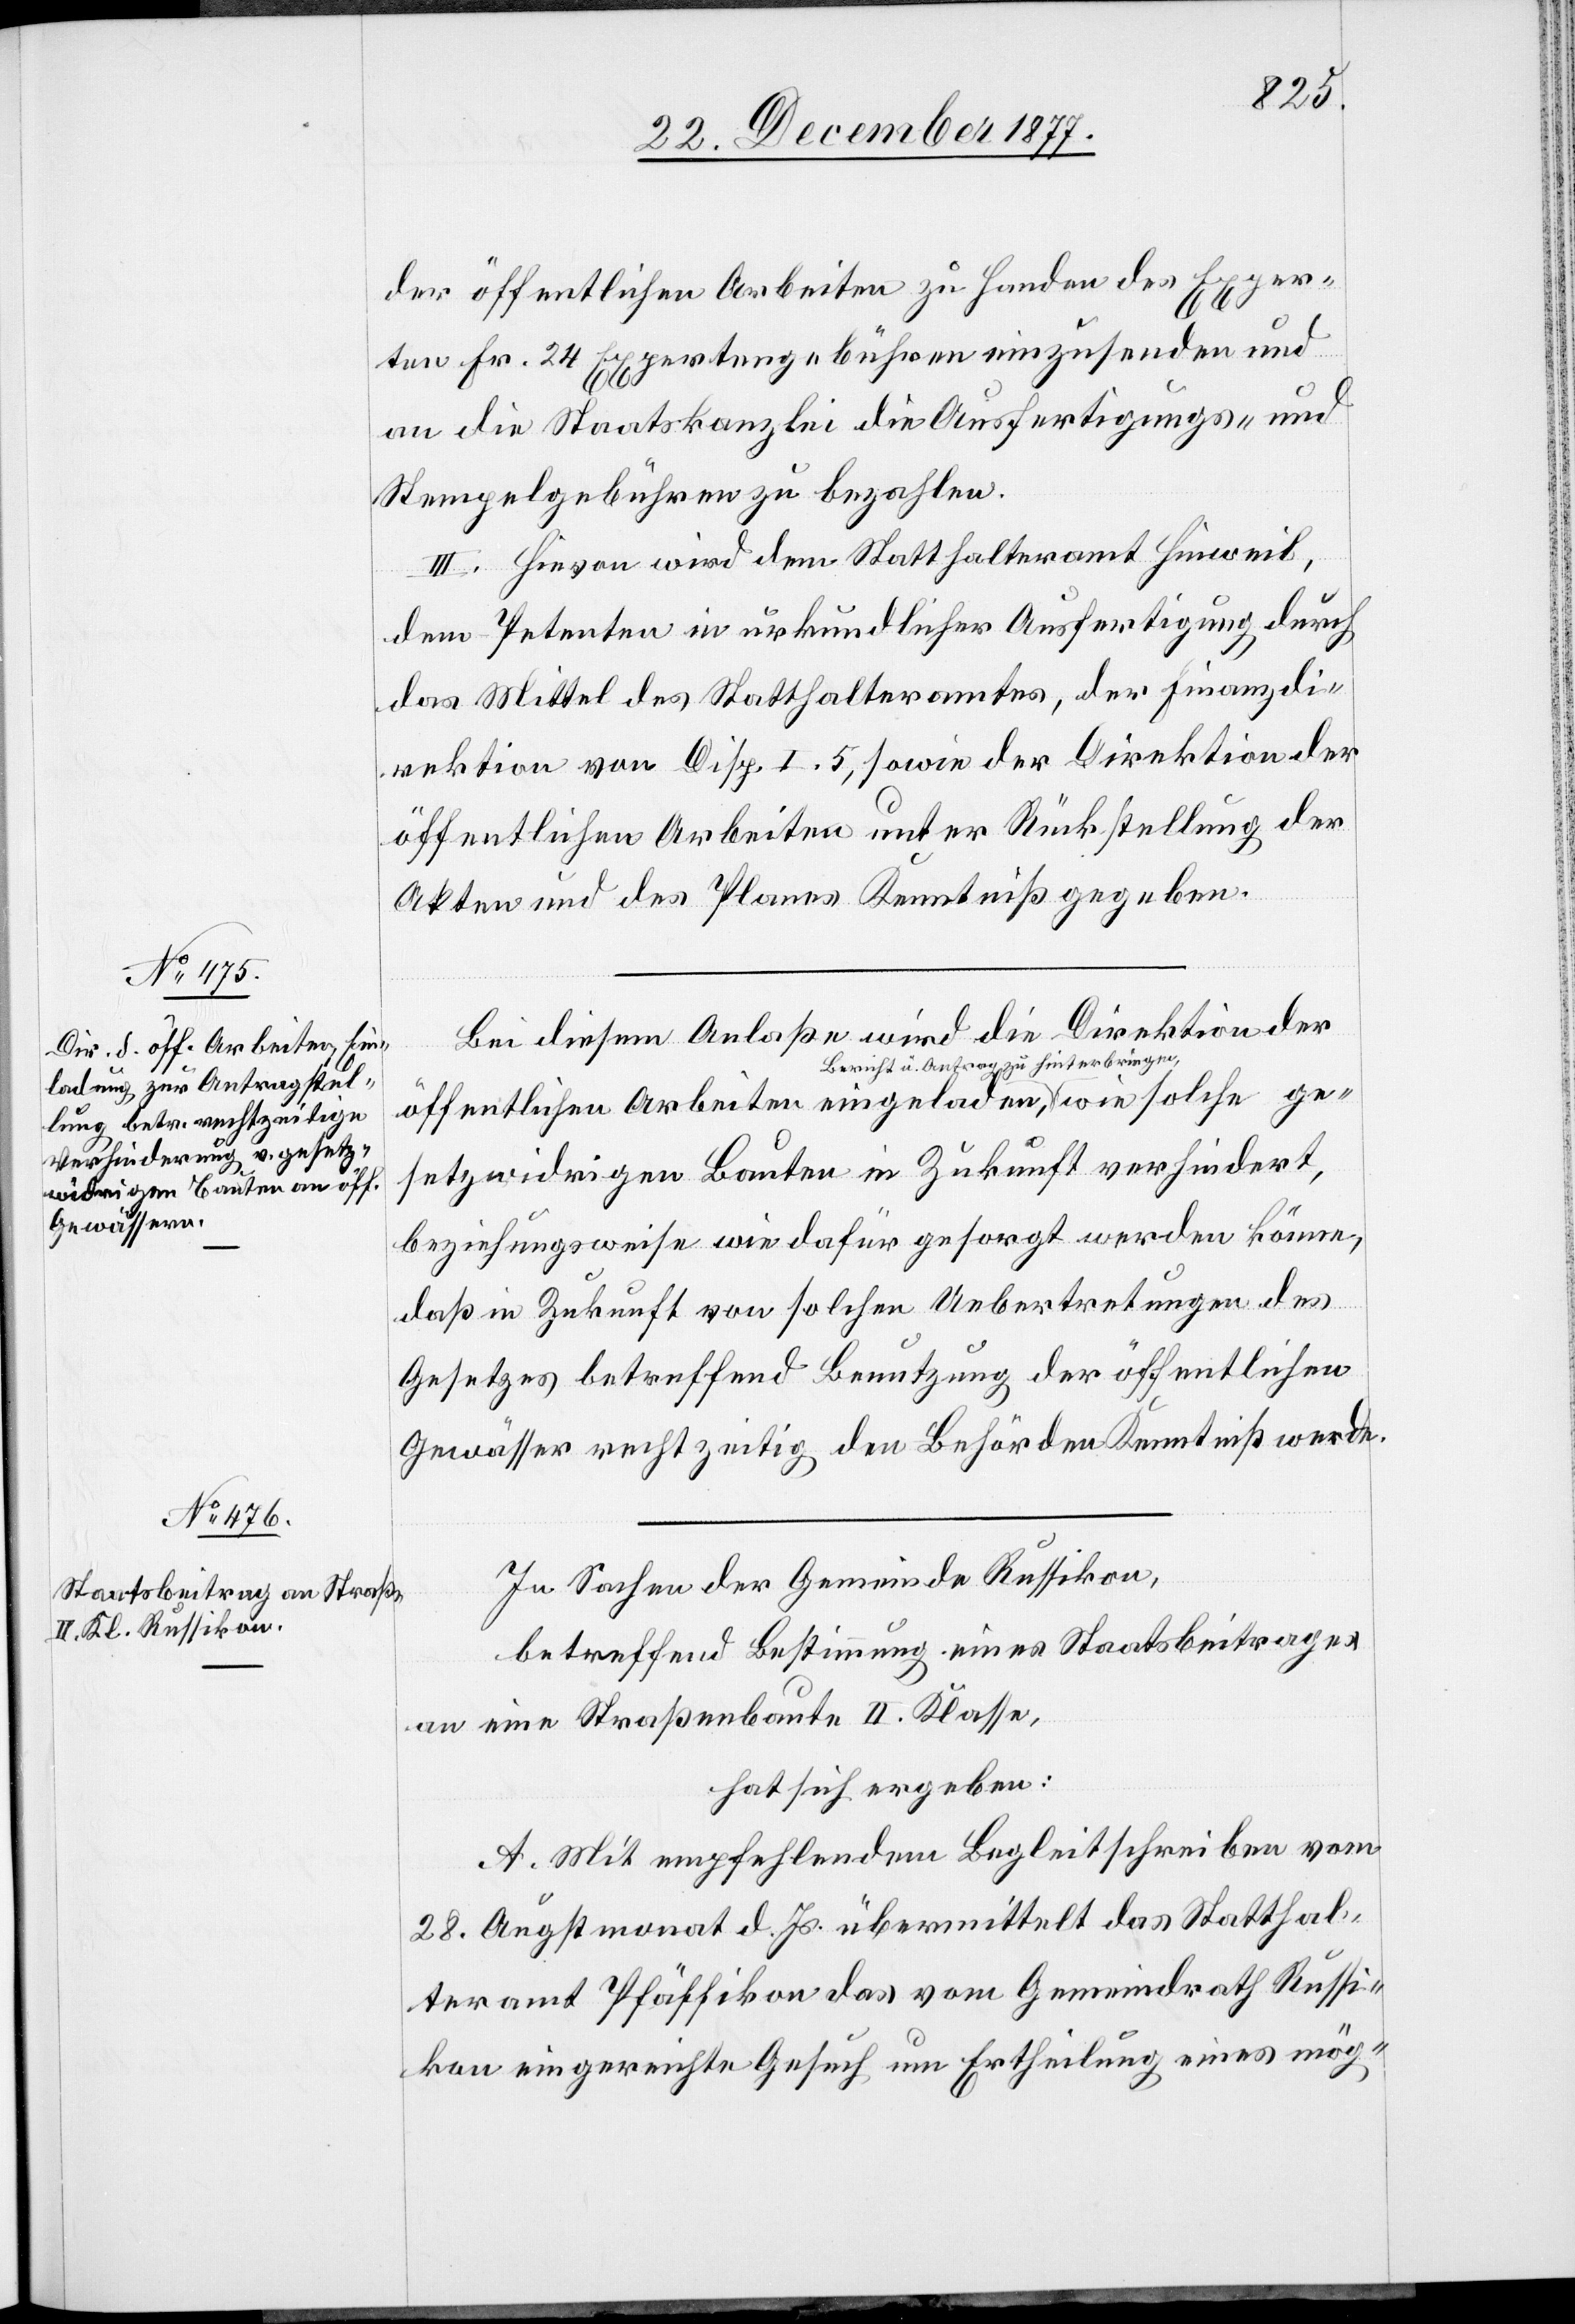
der öffentlichen Arbeiten zu Handen des Exper¬
ten Fr. 24 Expertengebühren einzusenden und
an die Staatskanzlei die Ausfertigungs- und
Stempelgebühren zu bezahlen.
III. Hievon wird dem Statthalteramt Hinweil,
dem Petenten in urkundlicher Ausfertigung durch
das Mittel des Statthalteramtes, der Finanzdi¬
rektion von Disp. I. 5, sowie der Direktion der
öffentlichen Arbeiten unter Rückstellung der
Akten und des Planes Kenntniß gegeben.
Bei diesem Anlaße wird die Direktion der
öffentlichen Arbeiten eingeladen, Bericht u.
gesetzwidrigen Bauten in Zukunft verhindert,
beziehungsweise wie dafür gesorgt werden könne,
daß in Zukunft von solchen Uebertretungen des
Gesetzes betreffend Benutzung der öffentlichen
Gewässer rechtzeitig den Behörden Kenntniß werde.
In Sachen der Gemeinde Russikon,
betreffend Bestimmung eines Staatsbeitrages
an eine Straßenbaute II. Klasse,
hat sich ergeben:
A. Mit empfehlendem Begleitschreiben vom
28. Augstmonat d. Js. übermittelt das Statthal¬
teramt Pfäffikon das vom Gemeindrath Russi¬
kon eingereichte Gesuch um Ertheilung eines mög-